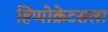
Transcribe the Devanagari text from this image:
हिप्पोक्रेटसला